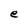
Character: e